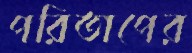
পরিতাপের